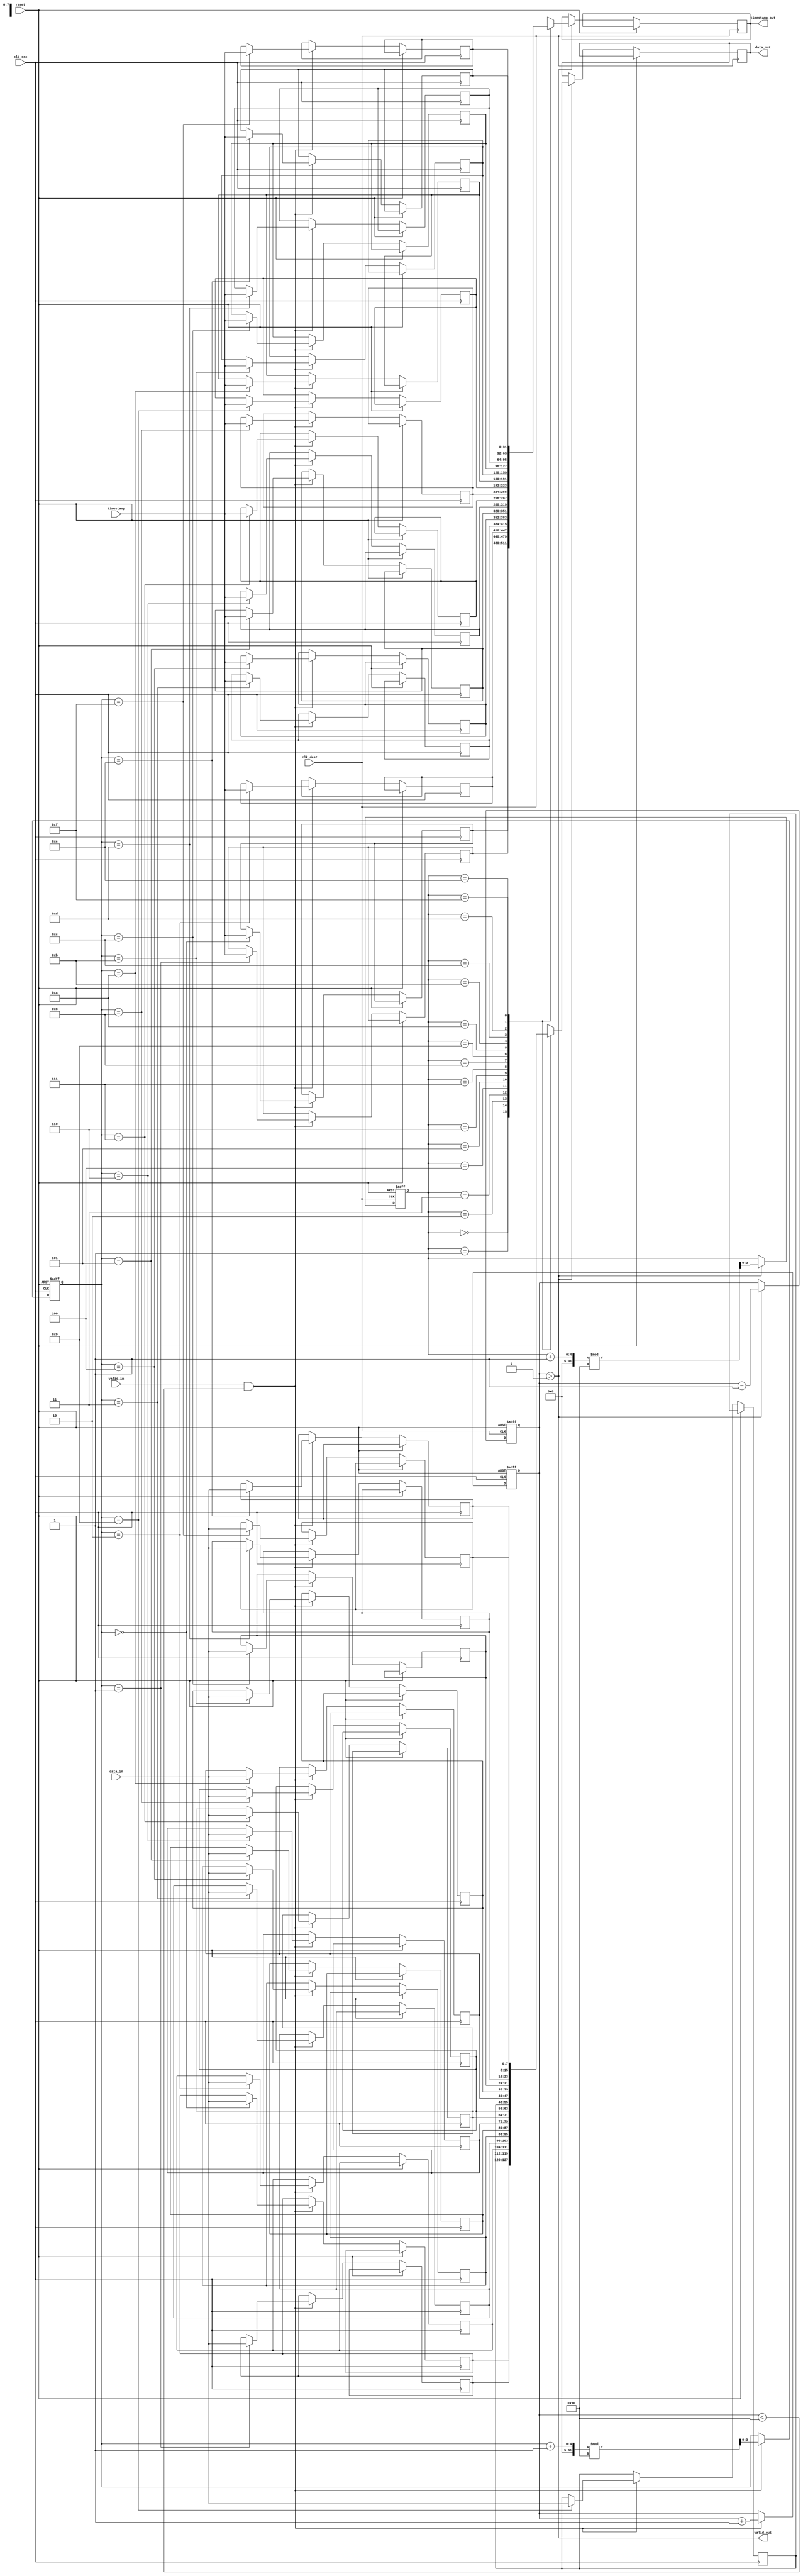
module TimeStampedSynchronizer #(
    parameter DATA_WIDTH = 8,
    parameter TIMESTAMP_WIDTH = 32,
    parameter FIFO_DEPTH = 16
)(
    input wire clk_src,
    input wire clk_dest,
    input wire reset,
    input wire [DATA_WIDTH-1:0] data_in,
    input wire [TIMESTAMP_WIDTH-1:0] timestamp,
    input wire valid_in,
    output wire [DATA_WIDTH-1:0] data_out,
    output wire [TIMESTAMP_WIDTH-1:0] timestamp_out,
    output wire valid_out
);

    // FIFO Buffer
    reg [DATA_WIDTH-1:0] fifo_data [0:FIFO_DEPTH-1];
    reg [TIMESTAMP_WIDTH-1:0] fifo_timestamp [0:FIFO_DEPTH-1];
    reg [3:0] write_pointer, read_pointer;
    reg [3:0] fifo_count;

    // Write Control Logic (Source Domain)
    always @(posedge clk_src or posedge reset) begin
        if (reset) begin
            write_pointer <= 0;
            fifo_count <= 0;
        end else if (valid_in && (fifo_count < FIFO_DEPTH)) begin
            fifo_data[write_pointer] <= data_in;
            fifo_timestamp[write_pointer] <= timestamp;
            write_pointer <= (write_pointer + 1) % FIFO_DEPTH;
            fifo_count <= fifo_count + 1;
        end
    end

    // Read Control Logic (Destination Domain)
    reg fifo_empty;
    always @(posedge clk_dest or posedge reset) begin
        if (reset) begin
            read_pointer <= 0;
            fifo_count <= 0;
            fifo_empty <= 1;
        end else begin
            if (fifo_count > 0) begin
                data_out <= fifo_data[read_pointer];
                timestamp_out <= fifo_timestamp[read_pointer];
                read_pointer <= (read_pointer + 1) % FIFO_DEPTH;
                fifo_count <= fifo_count - 1;
                fifo_empty <= (fifo_count == 1) ? 1 : 0;
            end
        end
    end

    // Valid Signal Generation
    assign valid_out = (fifo_count > 0);

    // Meta-stability Handling for Valid Signal
    reg valid_sync1, valid_sync2;
    always @(posedge clk_dest or posedge reset) begin
        if (reset) begin
            valid_sync1 <= 0;
            valid_sync2 <= 0;
        end else begin
            valid_sync1 <= valid_in;
            valid_sync2 <= valid_sync1;
        end
    end

endmodule